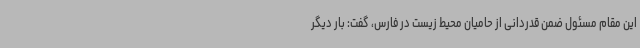
این مقام مسئول ضمن قدردانی از حامیان محیط زیست در فارس، گفت: بار دیگر